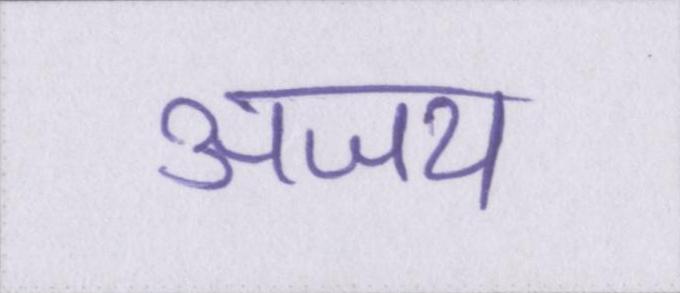
अजय